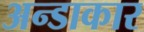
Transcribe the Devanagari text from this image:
अन्डाकार